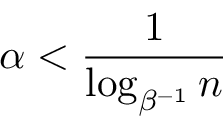
\alpha < \frac { 1 } { \log _ { \beta ^ { - 1 } } n }